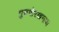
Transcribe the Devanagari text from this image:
गुरुगोरखनाथ